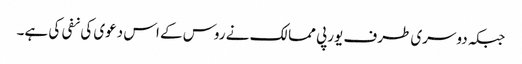
جبکہ دوسری طرف یورپی ممالک نے روس کے اس دعوی کی نفی کی ہے۔